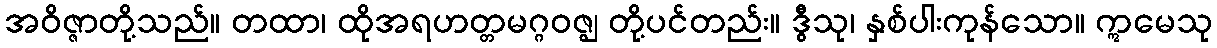
အဝိဇ္ဇာတို့သည်။ တထာ၊ ထိုအရဟတ္တမဂ္ဂဝဇ္ဈ တို့ပင်တည်း။ ဒွီသု၊ နှစ်ပါးကုန်သော။ ဣမေသု